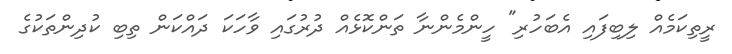
ރީތިކަމެއް ލިބިފައި އެބަހުރި" ހީންމެންނާ ތަންކޮޅެއް ދުރުގައި ވާހަކަ ދައްކަން ތިބި ކުދިންތަކުގެ